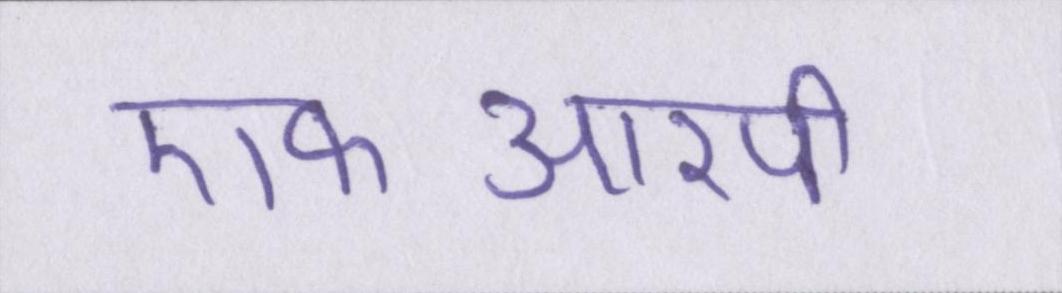
एफआरपी